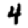
Digit: 4